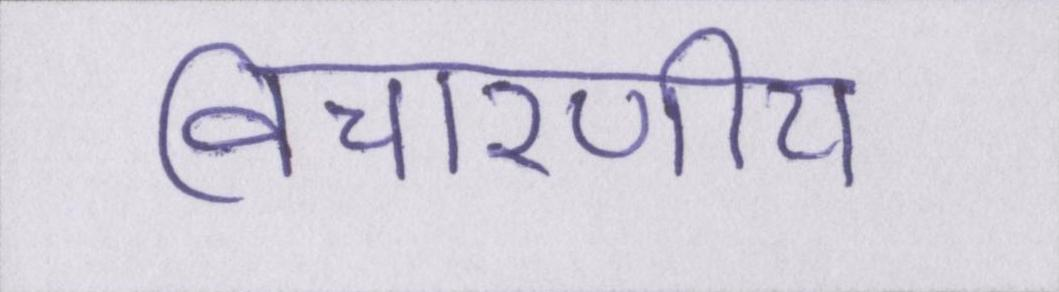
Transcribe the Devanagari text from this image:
विचारणीय